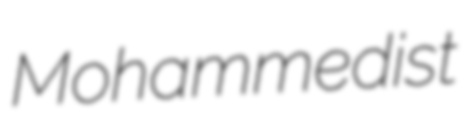
Mohammedist